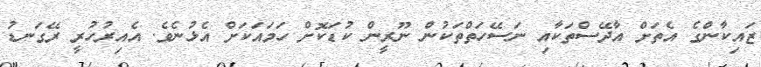
ޒައިކާންގެ އެތަށް އާދޭސްތަކާއި ނަސޭހަތްތަކުން ނޫރީން ކުޑަކޮށް ހަމައަކަށް އެޅުނެވެ. އެއިރުހުރީ ރޭގަނޑު